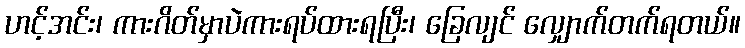
ဟင့်အင်း၊ ကားဂိတ်မှာပဲကားရပ်ထားရပြီး၊ ခြေလျင် လျှောက်တက်ရတယ်။